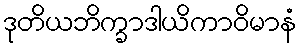
ဒုတိယဘိက္ခာဒါယိကာဝိမာနံ